Indian journal of veterinary science and animal husbandry - Volume 6,
Year: 1936
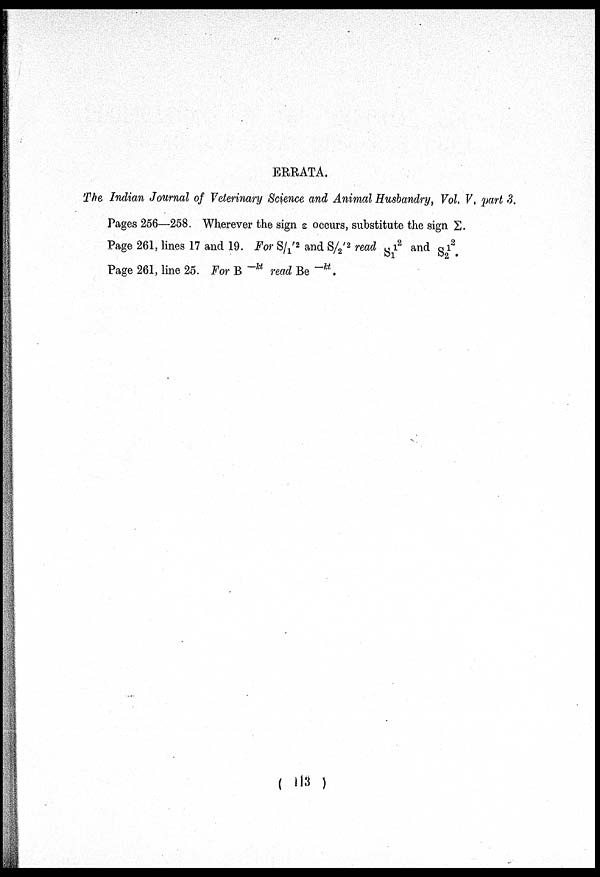
ERRATA.
The Indian Journal of Veterinary Science and Animal Husbandry, Vol. V, part 3.
Pages 256—258. Wherever the sign ε occurs, substitute the sign ∑.
Page 261, lines 17 and 19. For S/ 1 '
2 and S/ 2 ' 2 read S 1
12 and S 2 1 2 .
Page 261, line 25. For B —kt read Be —kt .
( 113 )